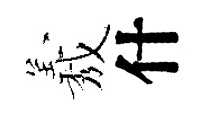
𦏁什